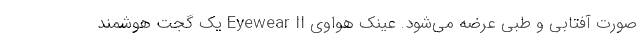
صورت آفتابی و طبی عرضه می‌شود. عینک هواوی Eyewear II یک گجت هوشمند